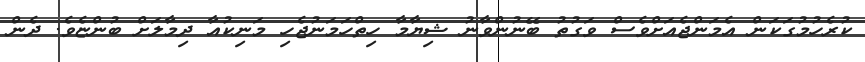
ކުރެހުމުގަކަން އެމަންޖެއަށްވެސް ވަގުތު ބޭނުންވާނު ޝިޔާމާ ހިތްހަމަނުޖެހި މަނިކުއާ ދިމާލަށް ބުންޏެވެ. ދެން